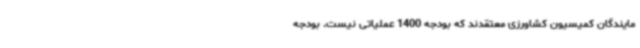
مایندگان کمیسیون کشاورزی معتقدند که بودجه 1400 عملیاتی نیست. بودجه